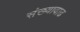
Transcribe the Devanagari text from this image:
संख्यावाढ